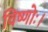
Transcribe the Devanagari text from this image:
विष्णोः।